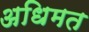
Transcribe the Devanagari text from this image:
अधिमत